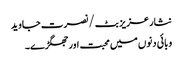
نثار عزیز بٹ /نصرت جاوید
وبائی دنوں میں محبت اور جھگڑے۔